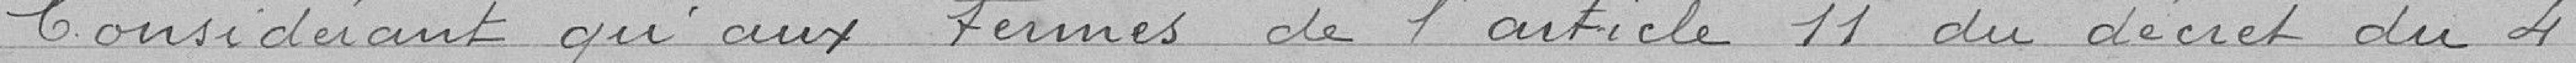
Considérant qu'aux termes de l'article 11 du décret 4